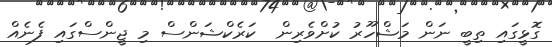
ގޮޅީގައި ތިބީ ނަން މަޝްހޫރު ކުށްވެރިން  ކަރެކްޝަންސް މި ޖީންސްގައި ފެނެއް